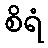
စိရံ